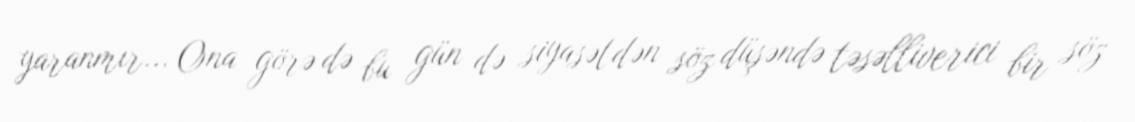
yaranmır... Ona görə də bu gün də siyasətdən söz düşəndə təsəlliverici bir söz